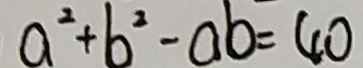
a ^ { 2 } + b ^ { 2 } - a b = 4 0